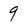
Character: 9